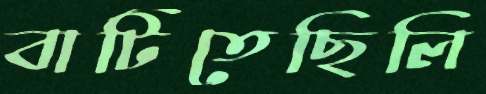
বাটিতেছিলি